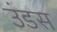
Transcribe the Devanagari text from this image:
उंडस